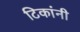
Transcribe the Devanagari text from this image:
टिकांनी